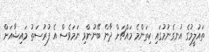
ތައުލީމުގެ އުނގެނުމުގައި ކިތަންމެ މައްޗަށް ދާން ބޭނުންވި ނަމަވެސް އެ ފުރުސަތު މައިޝާއަށް